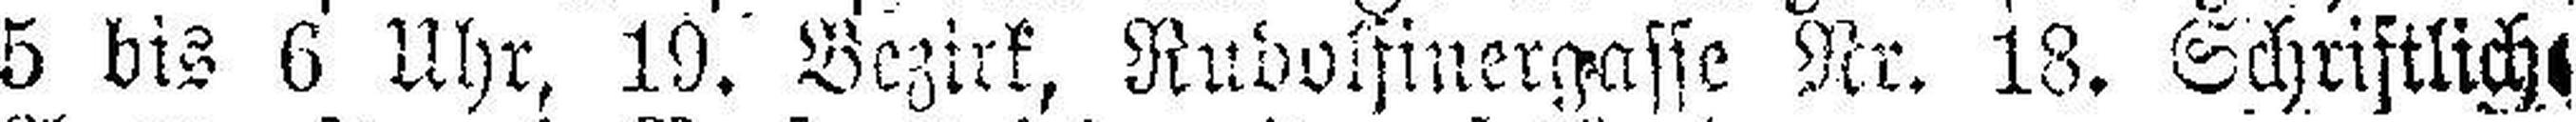
5 bis 6 Uhr, 19. Bezirk, Rudolfinerstasse Nr. 18. Schriftlicht